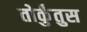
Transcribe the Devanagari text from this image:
तोर्कुंतुस